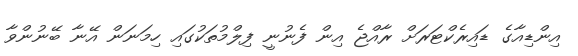
އިންޑިއާގެ ޑައިރެކްޓަރަށް ރާއްޖެ އިން ފެނުނީ ފިލްމުތަކުގައި ހިމަނަން އޭނާ ބޭނުންވާ